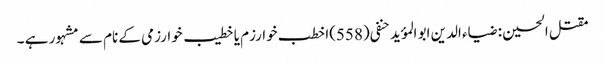
مقتل الحسین : ضیاء الدین ابو المؤید حنفی(558)اخطب خوارزم یا خطیب خوارزمی کے نام سے مشہور ہے ۔